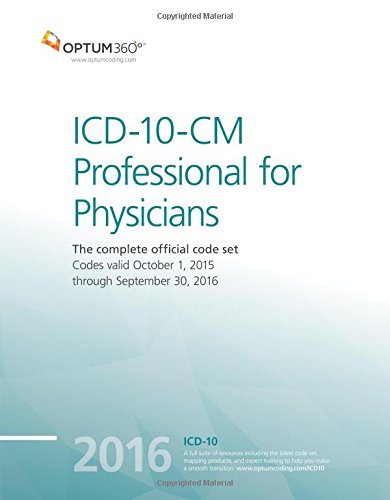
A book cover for ICD-10-CM Professional for Physicians 2016 (Icd-10-Cm Professional for Physicians Draft (Paper)); Optum360; Medical Books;